Lock hospitals Punjab
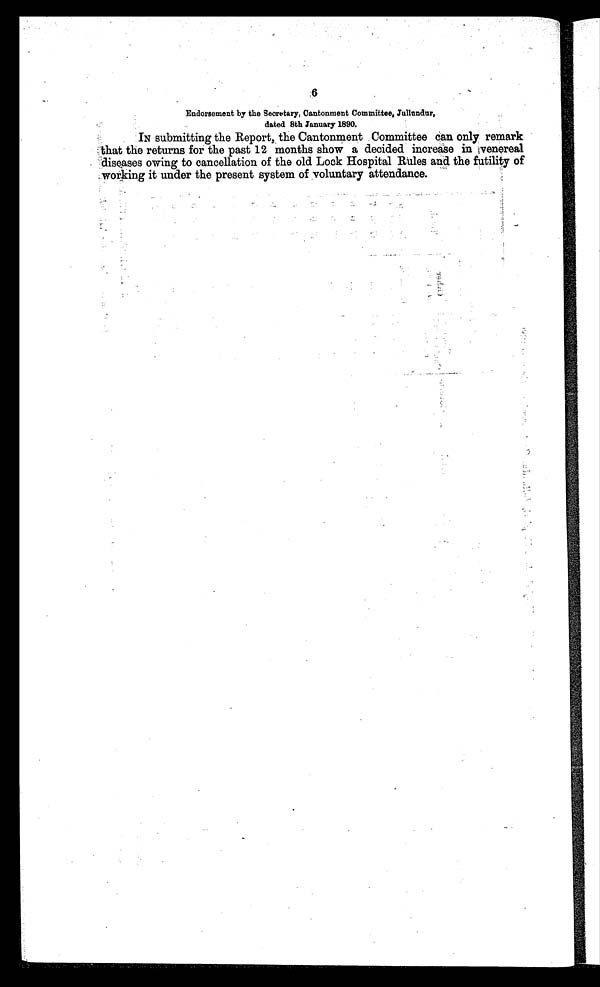
6
Endorsement by the Secretary, Cantonment Committee, Jullundur,
dated 8th January 1890.
IN submitting the Report, the Cantonment Committee can only remark
that the returns for the past 12 months show a decided increase in venereal
diseases owing to cancellation of the old Lock Hospital Rules and the futility of
working it under the present system of voluntary attendance.